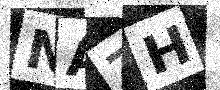
Text: NA7H